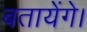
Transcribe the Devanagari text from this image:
बतायेंगे।